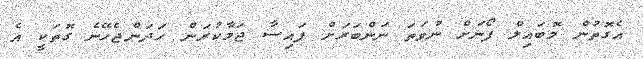
އެގޮތުން މޮބައިލް ފޯނަށް ނުވަތަ ނަންބަރަށް ފައިސާ ޖަމާކުރަން ހަދަންޖެހޭނެ ގޮތަކީ އެ